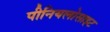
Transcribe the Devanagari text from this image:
पीनियलोसाइट